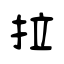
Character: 拉